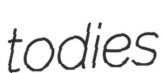
todies